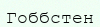
Гоббстен